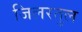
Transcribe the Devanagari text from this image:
जिलरतुल